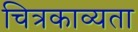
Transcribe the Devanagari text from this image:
चित्रकाव्यता